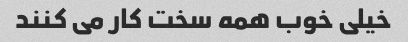
خیلی خوب همه سخت کار می کنند